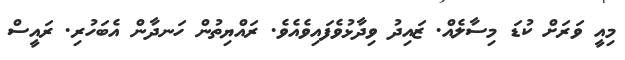
މިއީ ވަރަށް ކުޑަ މިސާލެއް. ޒައިދު ވިދާޅުވެފައިވެއެވެ. ރައްޔިތުން ހަނދާން އެބަހުރި. ރައީސް